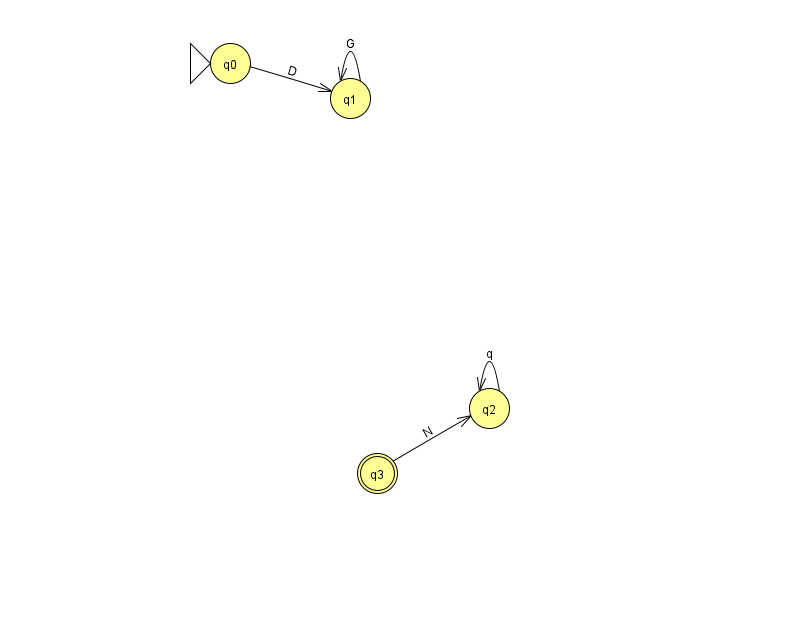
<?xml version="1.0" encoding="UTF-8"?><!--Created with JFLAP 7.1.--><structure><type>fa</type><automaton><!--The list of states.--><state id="0" name="q0"><x>230.0</x><y>50.0</y><initial/></state><state id="1" name="q1"><x>350.0</x><y>85.0</y></state><state id="2" name="q2"><x>489.0</x><y>395.0</y></state><state id="3" name="q3"><x>377.0</x><y>460.0</y><final/></state><!--The list of transitions.--><transition><from>2</from><to>2</to><read>q</read></transition><transition><from>3</from><to>2</to><read>N</read></transition><transition><from>1</from><to>1</to><read>G</read></transition><transition><from>0</from><to>1</to><read>D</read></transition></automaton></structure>